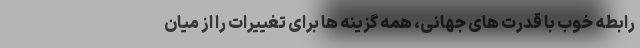
رابطه خوب با قدرت های جهانی، همه گزینه ها برای تغییرات را از میان